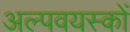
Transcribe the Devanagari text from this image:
अल्पवयस्कों